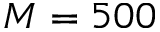
M = 5 0 0